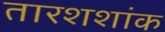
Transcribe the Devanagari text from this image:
तारशशांक